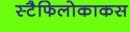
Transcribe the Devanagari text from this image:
स्टैफिलोकाकस